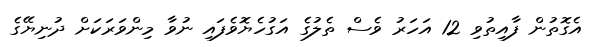
އެގޮތުން ފާއިތުވި 12 އަހަރު ވެސް ތެލުގެ އަގުހެޔޮވެފައި ނުވާ މިންވަރަކަށް ދުނިޔޭގެ